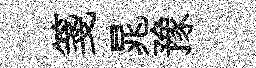
箋晁豫